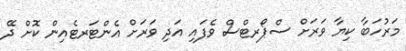
މަރުހަބާ ކިޔާ ވަރަށް ސްޕޯރޓްސް ވެފައި އަދި ވަރަށް އެންޓަރޓެއިން ކޮށް ދޭ